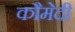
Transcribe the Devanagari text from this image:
कौमेदी